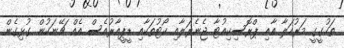
ތަހުގީގީ މަރުހަލާ އާއި ޕްރޮސިކިއުޓާ ޖެނެރަލާއި ކޯޓުތަކާއި ޑީޕީއާރުއެސް އެއް ޗޭނަކުން ގުޅިގެން